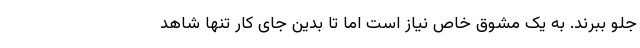
جلو ببرند. به یک ‌مشوق خاص نیاز است اما تا بدین جای کار تنها شاهد